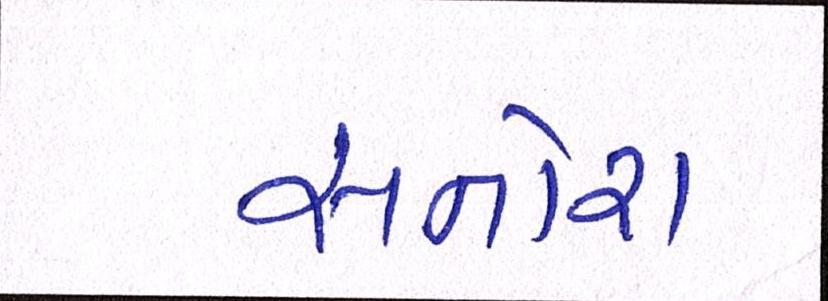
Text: સનોરા